Vaccination in Burma 1900-1911 - 1900-1911
Year: 1900
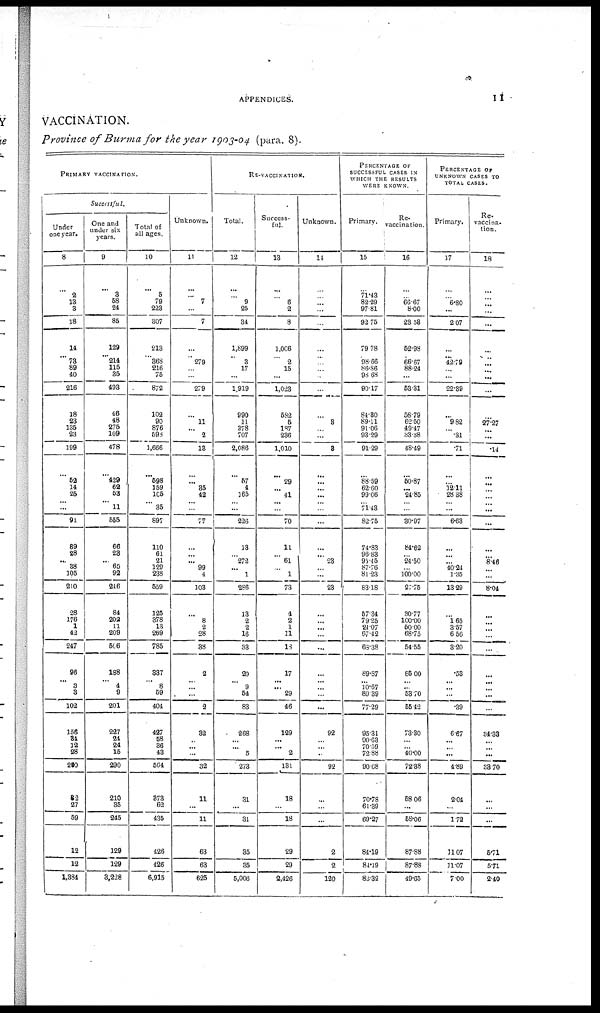
APPENDICES.
11
VACCINATION.
Province of Burma for the year 1903-04 (para. 8).
PRIMARY VACCINATION.
Successful.
Under
one year.
8
...
2
13
3
18
14
...
73
89
40
216
18
23
135
23
199
...
52
14
25
... ...
91
89
28
...
38
105
210
28
176
1
42
247
96
... 3
3
102
156
21
12
28
210
62
27
59
12
12
1,384
One and
under six
years.
9
...
3
58
24
85
129
... 214
115
35
493
46
48
275
109
478
...
429
62
53
...
11
555
66
28
...
65
92
246
84
202
11
209
506
188
... 4
9
201
227
24
24
15
290
210
85
245
129
129
3,228
Total of
all ages.
10
...
6
79
223
307
213
... 363
216
75
872
102
90
876
598
1,666
...
598
159
105
...
35
897
110
61
21
129
238
559
125
378
13
269
785
837
...
8
59
404
427
68
36
43
564
373
62
435
426
426
6,915
Unknown.
11
...
...
7
...
7
...
... 279
...
...
279
...
11
...
2
13
...
...
35
42
... ...
77
...
...
...
99
4
103
...
8
2
28
38
2
...
...
...
2
32
... ...
...
32
11
...
11
63
63
625
RE-VACCINATION.
Total.
12
...
... 9
25
34
1,899
...
3
17
...
1,919
990
11
378
707
2,086
...
57
4
165
... ...
226
13
...
272
...
1
286
13
2
2
16
33
20
...
9
54
83
268
... ... 5
273
31
...
81
35
35
5,006
Success-
ful.
13
...
...
6
2
8
1,066
...
2
15
...
1,023
58.2
5
187
236
1,010
...
29
...
41
... ...
70
11
...
61
...
1
73
4
2
1
11
18
17
...
...
29
46
129
...
... 2
131
18
...
18
29
29
2,426
Unknown.
14
...
...
...
...
...
...
...
... ...
...
...
...
8
... ...
8
...
...
... ...
... ...
...
...
... 23
... ...
23
...
... ...
...
...
...
...
...
...
...
92
...
... ...
92
...
...
...
2
2
120
PERCENTAGE OF
SUCCESSFUL CASES IN
WHICH THE RESULTS
WERE KNOWN.
Primary.
15
...
71.43
82.29
97.81
92.75
79.78
... 98.66
86.86
98.68
90.17
84.30
89.11
91.06
93.29
91.29
...
88.59
62.60
99.06
... 71.43
82.75
74.83
96.83
95.45
87.76
81.23
83.18
57.34
79.25
24.07
67.42
63.38
89.87
... 10.67
89.39
77.29
95.31
90.63
70.59
72.88
90.68
70.78
61.39
69.27
84.19
84.19
83.32
Re-
vaccination.
16
...
... 66.67
8.00
23.58
52.98
... 66.67
88.24
...
53.31
58.79
62.50
49.47
33.38
48.49
...
50.87
... 24.85
... ...
30.97
84.62
... 24.50
... 100.00
27.75
30.77
100.00
50.00
68.75
54.55
86.00
...
... 53.70
55.42
73.30
...
... 40.00
72.38
58.06
...
58.06
87.88
87.88
49.65
PERCENTAGE OF
UNKNOWN CASES TO
TOTAL CASES.
Primary.
17
...
... 6.80
...
2.07
...
... 42.79
...
...
22.39
...
9.82
... .31
.71
...
... 12.11
28.38
... ...
6.63
...
...
... 40.24
1.35
13.29
...
1.65
3.57
6.56
3.20
.53
...
...
...
.39
6.67
...
...
...
4.89
2.04
...
1.72
11.07
11.07
7.00
.
vaccina-
tion.
18
...
... ...
...
...
...
...
... ...
...
...
...
27.27
... ...
.14
...
...
...
...
... ...
...
...
... 8.46
...
...
8.04
...
... ...
...
...
...
...
... ...
...
34.33
... ...
...
33.70
...
...
...
5.71
5.71
2.40